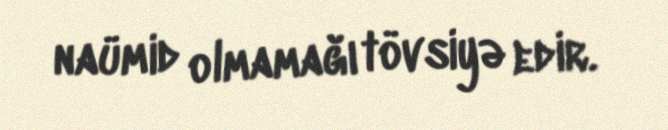
naümid olmamağı tövsiyə edir.